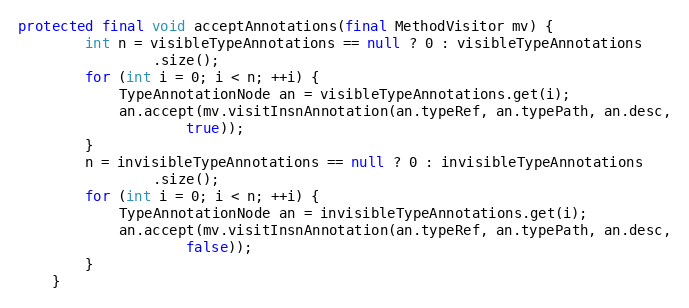
Language: Java
protected final void acceptAnnotations(final MethodVisitor mv) {
        int n = visibleTypeAnnotations == null ? 0 : visibleTypeAnnotations
                .size();
        for (int i = 0; i < n; ++i) {
            TypeAnnotationNode an = visibleTypeAnnotations.get(i);
            an.accept(mv.visitInsnAnnotation(an.typeRef, an.typePath, an.desc,
                    true));
        }
        n = invisibleTypeAnnotations == null ? 0 : invisibleTypeAnnotations
                .size();
        for (int i = 0; i < n; ++i) {
            TypeAnnotationNode an = invisibleTypeAnnotations.get(i);
            an.accept(mv.visitInsnAnnotation(an.typeRef, an.typePath, an.desc,
                    false));
        }
    }